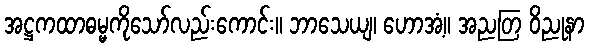
အဋ္ဌကထာဓမ္မကိုသော်လည်းကောင်း။ ဘာသေယျ၊ ဟောအံ့။ အညတြ ဝိညုနာ